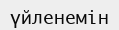
үйленемін